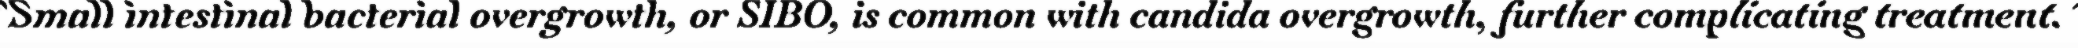
"Small intestinal bacterial overgrowth, or SIBO, is common with candida overgrowth, further complicating treatment."